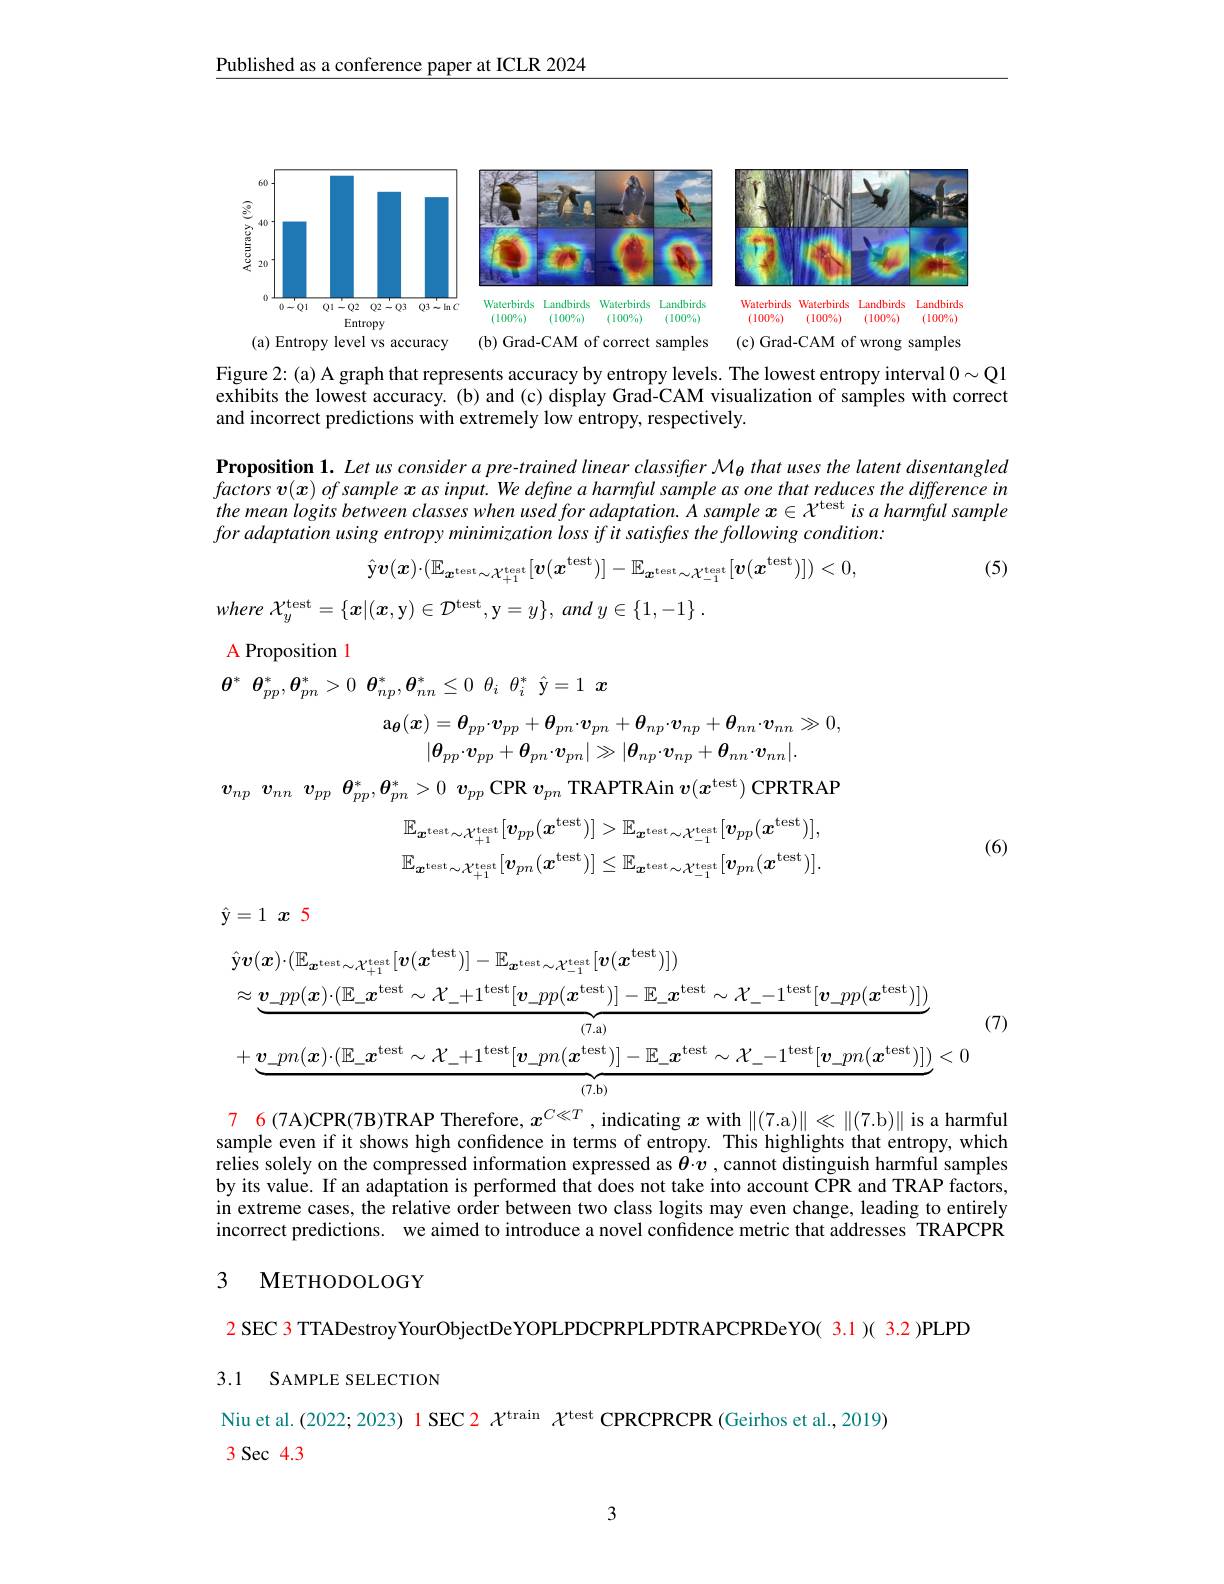
$\underline{\text{Published as a conference paper at ICLR 2024}}$

<FigureHere>
(c) Grad-CAM of wrong samples

<FigureHere>

Figure 2:(a) A graph that represents accuracy by entropy levels. The lowest entropy interval $0\sim\mathbb{Q}1$ exhibits the lowest accuracy. (b) and (c) display Grad-CAM visualization of samples with correct and incorrect predictions with extremely low entropy, respectively.

Proposition 1. Let us consider a pre-trained linear classiffer $\mathcal{M}_{\theta}$ that uses the latent disentangled $factors\boldsymbol{v}( \boldsymbol{x}) \textit{ of sample }\boldsymbol{x}asinput. Wedefineaharmfiulsampleasonethatreducesthedifferencein$ the mean logits between classes when used for adaptation. Å sample $x\in X^\mathrm{test}$ is a harmful sample foradaptation using entropy minimization loss if it satisfes the following condition:
$$\hat{\mathrm{y}}\boldsymbol{v}(\boldsymbol{x})\cdot(\mathbb{E}_{\boldsymbol{x}^{\mathrm{test}}\sim\mathcal{X}_{+1}^{\mathrm{test}}}[\boldsymbol{v}(\boldsymbol{x}^{\mathrm{test}})]-\mathbb{E}_{\boldsymbol{x}^{\mathrm{test}}\sim\mathcal{X}_{-1}^{\mathrm{test}}}[\boldsymbol{v}(\boldsymbol{x}^{\mathrm{test}})])<0,$$
(5)

where $\mathcal{X} _y^{\mathrm{test}}= \{ x| ( x$,y$)\in\mathcal{D}^\mathrm{test}$,y$= y\} $, and $y\in \{ 1, - 1\}$ .

A Proposition 1

$\theta ^*$ $\theta _{pp}^* , \theta _{pn}^* > 0$ $\theta _{np}^* , \theta _{nn}^* \leq 0$ $\theta _i$ $\theta _i^*$ $\hat{\mathrm{y} } = 1$ $x$
$$\mathrm{a}_{\boldsymbol{\theta}}(\boldsymbol{x})=\boldsymbol{\theta}_{pp}\cdot\boldsymbol{v}_{pp}+\boldsymbol{\theta}_{pn}\cdot\boldsymbol{v}_{pn}+\boldsymbol{\theta}_{np}\cdot\boldsymbol{v}_{np}+\boldsymbol{\theta}_{nn}\cdot\boldsymbol{v}_{nn}\gg0,\\|\boldsymbol{\theta}_{pp}\cdot\boldsymbol{v}_{pp}+\boldsymbol{\theta}_{pn}\cdot\boldsymbol{v}_{pn}|\gg|\boldsymbol{\theta}_{np}\cdot\boldsymbol{v}_{np}+\boldsymbol{\theta}_{nn}\cdot\boldsymbol{v}_{nn}|.$$
$v_{np}$ $v_{nn}$ $v_{pp}$ $\theta _{pp}^* , \boldsymbol{\theta }_{pn}^* > 0$ $v_{pp}$ CPR $v_pn$ TRAPTRAin $v(x^\text{test})$ CPRTRAP
$$\mathbb{E}_{\boldsymbol{x}^{\mathrm{test}}\sim\mathcal{X}_{+1}^{\mathrm{test}}}[\boldsymbol{v}_{pp}(\boldsymbol{x}^{\mathrm{test}})]>\mathbb{E}_{\boldsymbol{x}^{\mathrm{test}}\sim\mathcal{X}_{-1}^{\mathrm{test}}}[\boldsymbol{v}_{pp}(\boldsymbol{x}^{\mathrm{test}})],\\\mathbb{E}_{\boldsymbol{x}^{\mathrm{test}}\sim\mathcal{X}_{+1}^{\mathrm{test}}}[\boldsymbol{v}_{pn}(\boldsymbol{x}^{\mathrm{test}})]\leq\mathbb{E}_{\boldsymbol{x}^{\mathrm{test}}\sim\mathcal{X}_{-1}^{\mathrm{test}}}[\boldsymbol{v}_{pn}(\boldsymbol{x}^{\mathrm{test}})].$$
(6)

$\hat{\mathbf{y} } = 1$ $x$ 5
$$\begin{aligned}&\hat{y}v(\boldsymbol{x})\cdot(\mathbb{E}_{\boldsymbol{x}^{test}\sim\boldsymbol{\lambda}_{+1}^{test}}[\boldsymbol{v}(\boldsymbol{x}^{\mathrm{test}})]-\mathbb{E}_{\boldsymbol{x}^{test}\sim\boldsymbol{\lambda}_{-1}^{test}}[\boldsymbol{v}(\boldsymbol{x}^{\mathrm{test}})])\\&\approx\underbrace{v_pp(\boldsymbol{x})\cdot(\mathbb{E}_\boldsymbol{x}^{\mathrm{test}}\sim\mathcal{X}_+1^{\mathrm{test}}[\boldsymbol{v}_pp(\boldsymbol{x}^{\mathrm{test}})]-\mathbb{E}_\boldsymbol{x}^{\mathrm{test}}\sim\mathcal{X}_-1^{\mathrm{test}}[\boldsymbol{v}_pp(\boldsymbol{x}^{\mathrm{test}})])}_{(7.\mathrm{a})}\\&&\text{(7)}\\&+\underbrace{\boldsymbol{v}_pn(\boldsymbol{x})\cdot(\mathbb{E}_\boldsymbol{x}^{\mathrm{test}}\sim\mathcal{X}_+1^{\mathrm{test}}[\boldsymbol{v}_pn(\boldsymbol{x}^{\mathrm{test}})]-\mathbb{E}_\boldsymbol{x}^{\mathrm{test}}\sim\mathcal{X}_-1^{\mathrm{test}}[\boldsymbol{v}_pn(\boldsymbol{x}^{\mathrm{test}})])}_{(7.\mathrm{b})}<0\end{aligned}$$
76(7A)CPR(7B)TRAP Therefore, $x^{C\ll T}$, indicating $x$ with $\|(7.$a$)\|\ll\|(7.$b$)\|$ is a harmful sample even if it shows high confidence in terms of entropy. This highlights that entropy, which relies solely on the compressed information expressed as $\boldsymbol{\theta}\cdot\boldsymbol{v}$ , cannot distinguish harmful samples by its value. If an adaptation is performed that does not take into account CPR and TRAP factors, in extreme cases, the relative order between two class logits may even change, leading to entirely incorrect predictions. we aimed to introduce a novel confidence metric that addresses TRAPCPR

### 3 METHODOLOGY

$\color{red}{2\text{ SEC 3 TTADestroyYourObjectDeYOPLPDCPRPLPDTRAPCPRDeYO( 3.1)( 3.2 )PLPD}}$
3.1 SAMPLE SELECTION

Niu et al. (2022; 2023) 1 SEC 2 $\chi^\mathrm{train}$ $\chi^\mathrm{test}$ CPRCPRCPR (Geirhos et al., 2019)
3 Sec 4.3

3